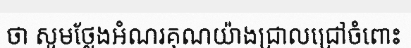
ថា សូមថ្លែងអំណរគុណយ៉ាងជ្រាលជ្រៅចំពោះ